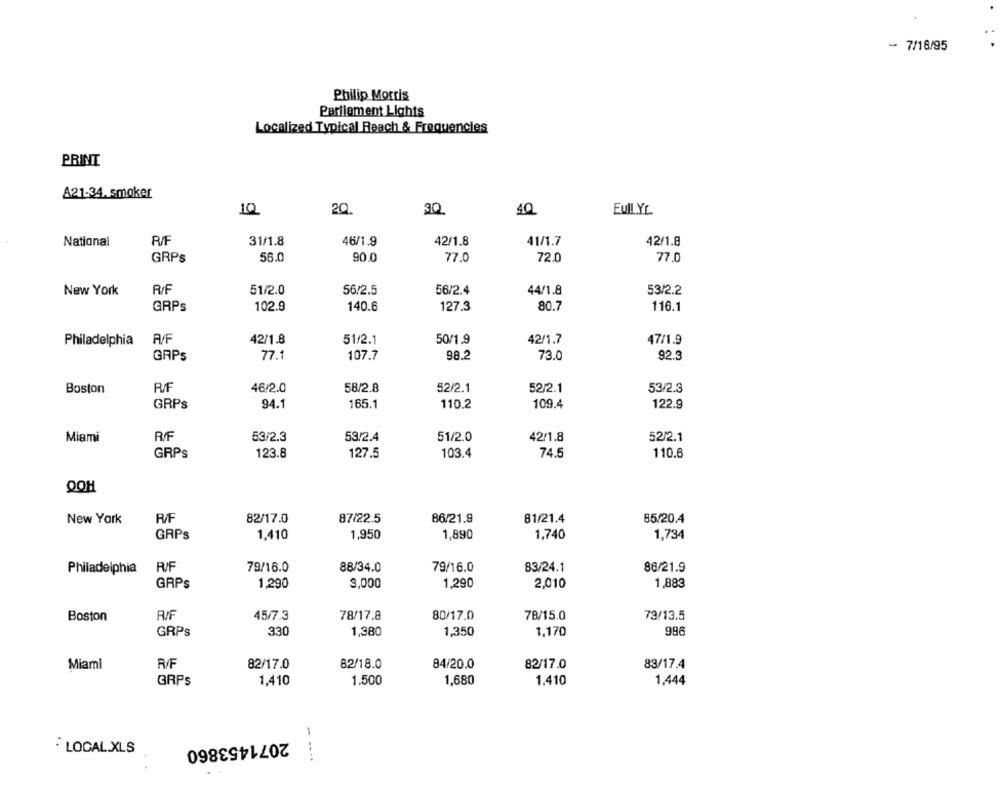
7/16/95
Philip Morris
Parliament Lights
Localized Typical Reach & Frequencies
PRINT
A21-34. smoker
10
2Q
30
40
EMIL YL
National
P/F
31/1.8
46/1.9
42/1.8
41/1.7
42/1.8
GRPs
56.0
90.0
77.0
72.0
77.0
New York
R/F
51/2.0
56/2.5
56/2.4
44/1.8
53/2.2
GRPs
102.9
140.6
127,3
80.7
116.1
AV/F
42/1.8
51/2.1
50/1.9
42/1.7
47/1.9
Philadelphia
GAPS
77.1
107.7
98.2
73.0
92.3
46/2.0
58/2.8
52/2.1
52/2.1
53/2.3
Boston
94.1
165.1
110.2
122.9
GRPs
109.4
51/2.0
Miami
R/F
53/2.3
53/2.4
42/1.8
52/2.1
GRPs
123.8
127.5
103.4
74.5
110.6
QOH
New York
R/F
82/17.0
87/22.5
B6/21.9
81/21.4
85/20.4
GRPs
1,410
1,950
1,890
1,740
1,734
Philadelphia
79/16.0
88/34.0
79/16.0
83/24.1
86/21.9
GRPs
1,290
9,000
1,290
2,010
1,883
Boston
R/F
45/7.3
78/17.8
80/17.0
78/15.0
73/13.5
GRPs
330
1,380
1,350
1.170
996
R/F
82/17.0
82/18.0
84/20.0
82/17.0
83/17.4
Miami
GRPS
1,410
1.500
1,680
1.410
1,444
2071453860
: LOCAL.XLS
- --..